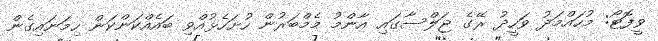
ވީފޮޓޯ: މުހައްމަދު ވަހީދު ރޭގެ ޖަލްސާގައި އާންމު މެމްބަރުން ހުށަހެޅުއްވި ބައެއްކަންކަން ހިމަނައިގެން